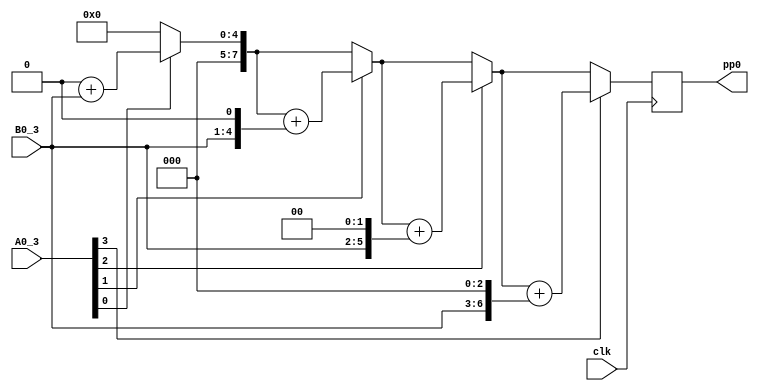
`timescale 1ns / 1ps
//////////////////////////////////////////////////////////////////////////////////
// Company: 
// Engineer: 
// 
// Design Name: 
// Module Name:    multi_4_4 
// Project Name: 
// Target Devices: 
// Tool versions: 
// Description: 
//
// Dependencies: 
//
// Revision: 
// Revision 0.01 - File Created
// Additional Comments: 
//
//////////////////////////////////////////////////////////////////////////////////
module multi_4_4_pp0(
input clk,
//input clr,
input [3:0] A0_3,
input [3:0] B0_3,
output reg [7:0] pp0
);

reg [7:0] pv;
reg [7:0] bp;  
integer i;


always @(posedge clk)// or posedge clr)
	begin
		pv = 8'b00000000;
		bp = {4'b0000,B0_3};
		for (i = 0; i<=3; i=i+1)
			begin
				if (A0_3[i] == 1)
				pv = pv+bp;
				bp={bp[6:0], 1'b0};
			end
		pp0=pv;
	end
	
endmodule